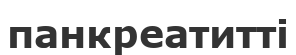
панкреатитті